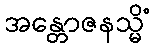
အန္တောဇနသ္မိံ